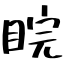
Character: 睆